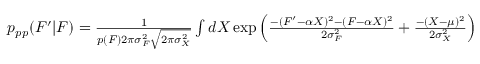
\begin{array} { r } { p _ { p p } ( F ^ { \prime } | F ) = \frac { 1 } { p ( F ) 2 \pi \sigma _ { F } ^ { 2 } \sqrt { 2 \pi \sigma _ { X } ^ { 2 } } } \int d X \exp \left( \frac { - ( F ^ { \prime } - \alpha X ) ^ { 2 } - ( F - \alpha X ) ^ { 2 } } { 2 \sigma _ { F } ^ { 2 } } + \frac { - ( X - \mu ) ^ { 2 } } { 2 \sigma _ { X } ^ { 2 } } \right) } \end{array}